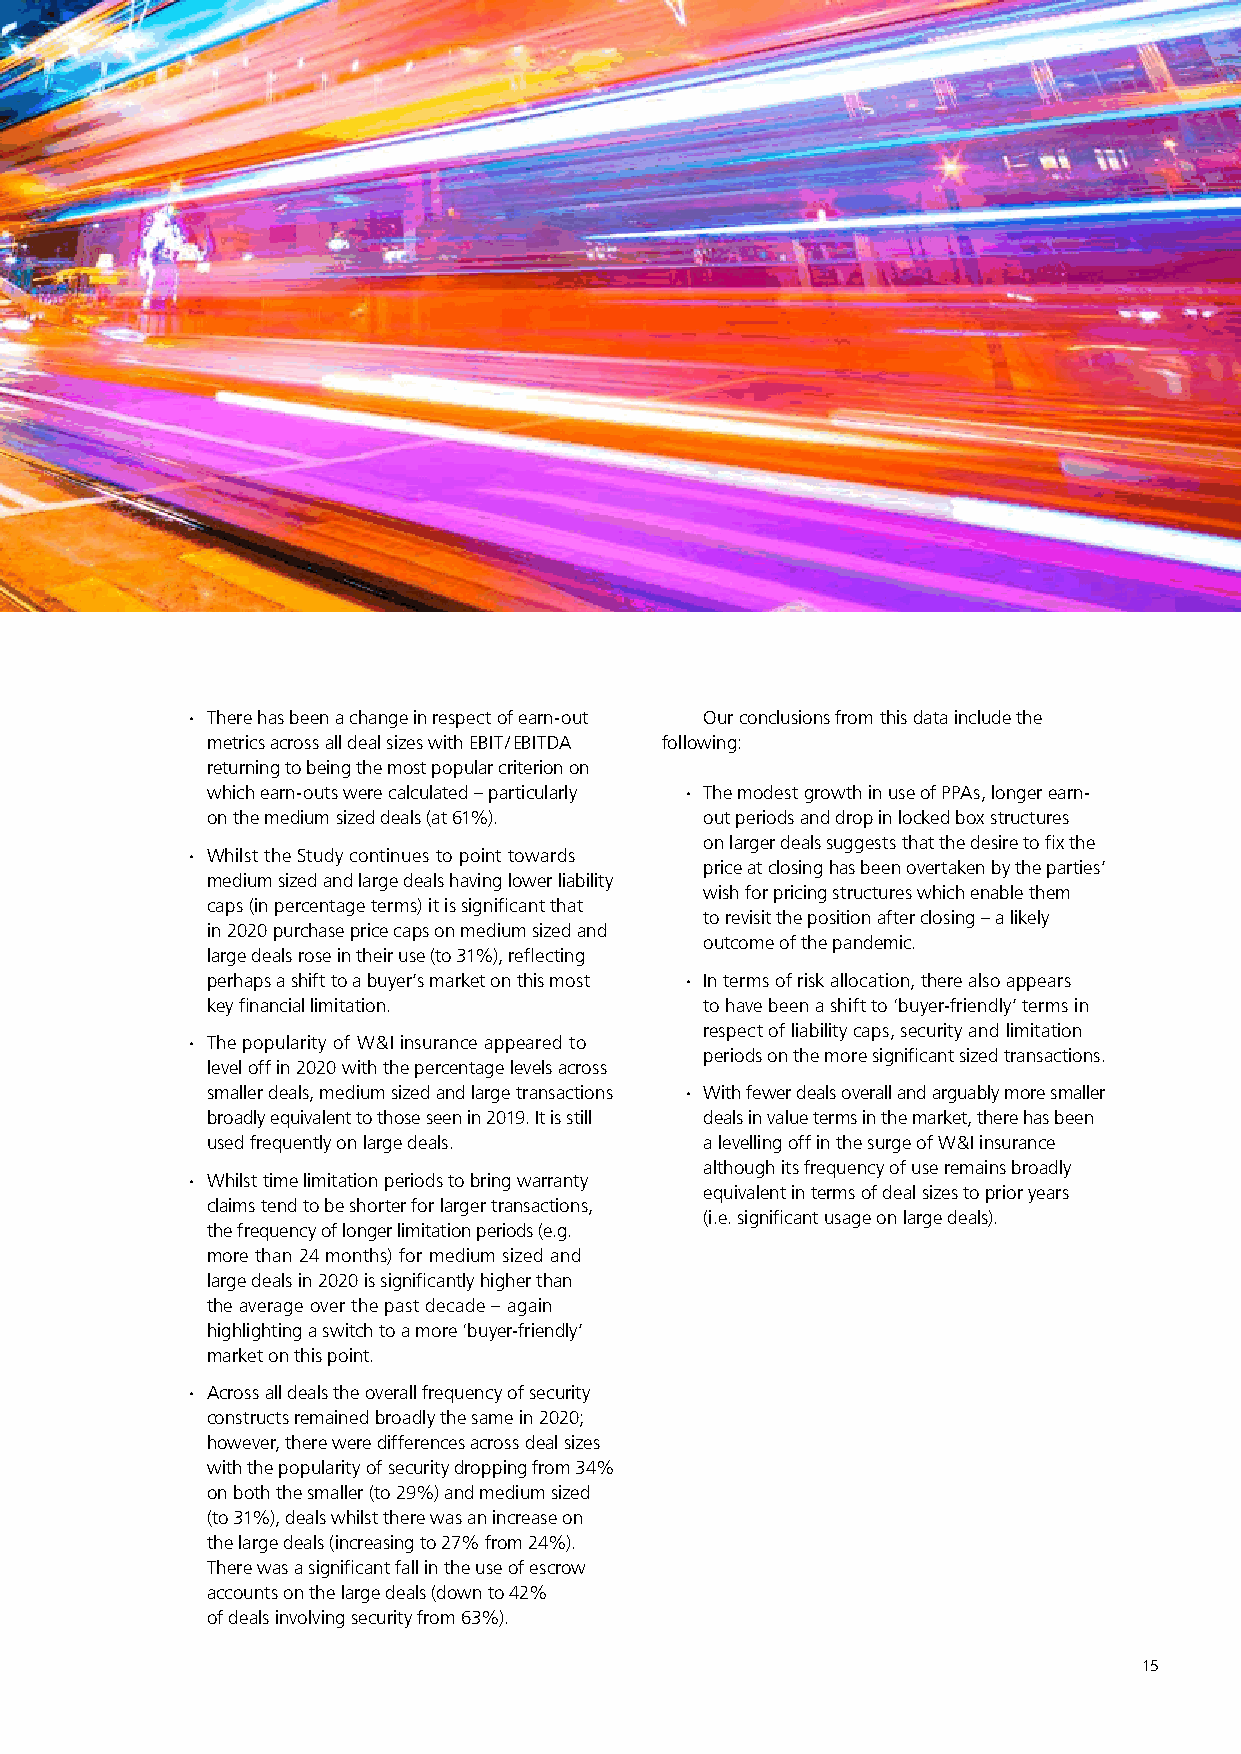
∙ There has been a change in respect of earn-out Our conclusions from this data include the
 metrics across all deal sizes with EBIT / EBITDA following:
 returning to being the most popular criterion on
 which earn-outs were calculated – particularly ∙ The modest growth in use of PPAs, longer earn-
 on the medium sized deals (at 61%). out periods and drop in locked box structures
 on larger deals suggests that the desire to fix the
 ∙ Whilst the Study continues to point towards
 price at closing has been overtaken by the parties’
 medium sized and large deals having lower liability
 wish for pricing structures which enable them
 caps (in percentage terms) it is significant that
 to revisit the position after closing – a likely
 in 2020 purchase price caps on medium sized and
 outcome of the pandemic.
 large deals rose in their use (to 31%), reflecting
 perhaps a shift to a buyer’s market on this most ∙ In terms of risk allocation, there also appears
 key financial limitation.        to have been a shift to ‘buyer-friendly’ terms in
 respect of liability caps, security and limitation
 ∙ The popularity of W & I insurance appeared to
 periods on the more significant sized transactions.
 level off in 2020 with the percentage levels across
 smaller deals, medium sized and large transactions ∙ With fewer deals overall and arguably more smaller
 broadly equivalent to those seen in 2019. It is still deals in value terms in the market, there has been
 used frequently on large deals.  a levelling off in the surge of W & I insurance
 although its frequency of use remains broadly
 ∙ Whilst time limitation periods to bring warranty
 equivalent in terms of deal sizes to prior years
 claims tend to be shorter for larger transactions,
 (i.e. significant usage on large deals).
 the frequency of longer limitation periods (e.g.
 more than 24 months) for medium sized and
 large deals in 2020 is significantly higher than
 the average over the past decade – again
 highlighting a switch to a more ‘buyer-friendly’
 market on this point.
 ∙ Across all deals the overall frequency of security
 constructs remained broadly the same in 2020;
 however, there were differences across deal sizes
 with the popularity of security dropping from 34%
 on both the smaller (to 29%) and medium sized
 (to 31%), deals whilst there was an increase on
 the large deals (increasing to 27% from 24%).
 There was a significant fall in the use of escrow
 accounts on the large deals (down to 42%
 of deals involving security from 63%).
 15